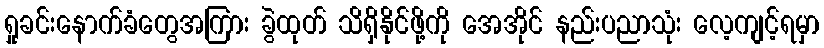
ရှုခင်းနောက်ခံတွေအကြား ခွဲထုတ် သိရှိနိုင်ဖို့ကို အေအိုင် နည်းပညာသုံး လေ့ကျင့်ရမှာ